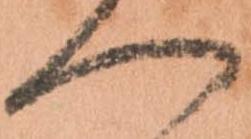
へ